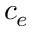
c _ { e }